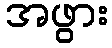
အဖွား